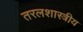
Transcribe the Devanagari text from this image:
तरलशास्त्रीय